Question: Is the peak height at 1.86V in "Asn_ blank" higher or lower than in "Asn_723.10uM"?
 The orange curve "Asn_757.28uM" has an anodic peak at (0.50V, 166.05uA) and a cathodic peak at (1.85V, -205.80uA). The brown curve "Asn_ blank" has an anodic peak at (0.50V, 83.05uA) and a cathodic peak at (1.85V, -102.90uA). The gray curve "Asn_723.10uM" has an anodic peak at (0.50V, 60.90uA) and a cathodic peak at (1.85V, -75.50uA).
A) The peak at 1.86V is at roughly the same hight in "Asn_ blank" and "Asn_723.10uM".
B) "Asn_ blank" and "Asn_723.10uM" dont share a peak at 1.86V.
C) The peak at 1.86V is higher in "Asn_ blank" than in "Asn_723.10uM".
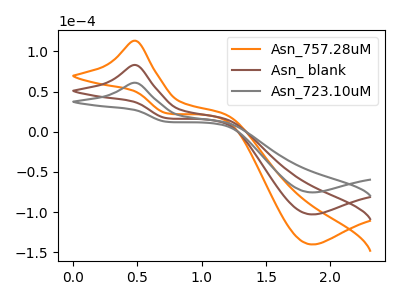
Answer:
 <answer>C) The peak at 1.86V is higher in "Asn_ blank" than in "Asn_723.10uM".</answer>
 <eval>C</eval>